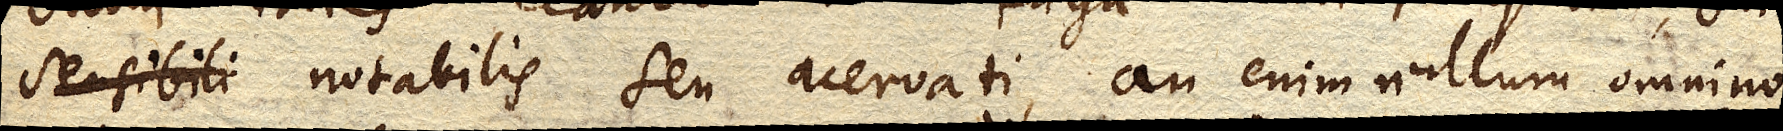
sensibili notabilis seu acervati, an enim nullum omnino